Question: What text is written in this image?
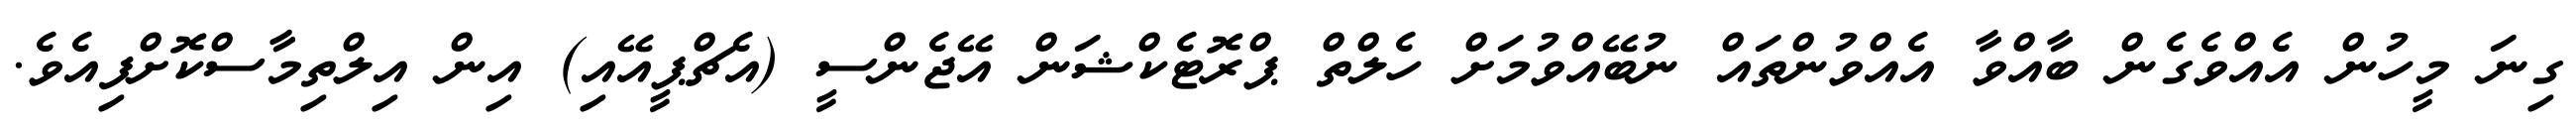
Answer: ގިނަ މީހުން އެއްވެގެން ބާއްވާ އެއްވުންތައް ނުބޭއްވުމަށް ހެލްތް ޕްރޮޓެކްޝަން އޭޖެންސީ (އެޗްޕީއޭއި) އިން އިލްތިމާސްކޮށްފިއެވެ.